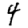
Digit: 4